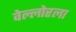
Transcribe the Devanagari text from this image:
वेल्लोरला